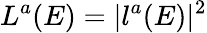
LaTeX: L^{a}(E)=|l^{a}(E)|^{2}